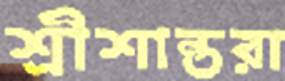
শ্রীশান্তরা